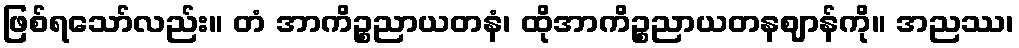
ဖြစ်ရသော်လည်း။ တံ အာကိဉ္စညာယတနံ၊ ထိုအာကိဉ္စညာယတနဈာန်ကို။ အညဿ၊